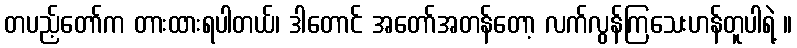
တပည့်တော်က တားထားရပါတယ်၊ ဒါတောင် အတော်အတန်တော့ လက်လွန်ကြသေးဟန်တူပါရဲ့ ။